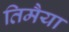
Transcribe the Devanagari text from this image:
तिमैया